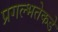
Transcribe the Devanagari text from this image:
प्रगल्‍भतेकडे